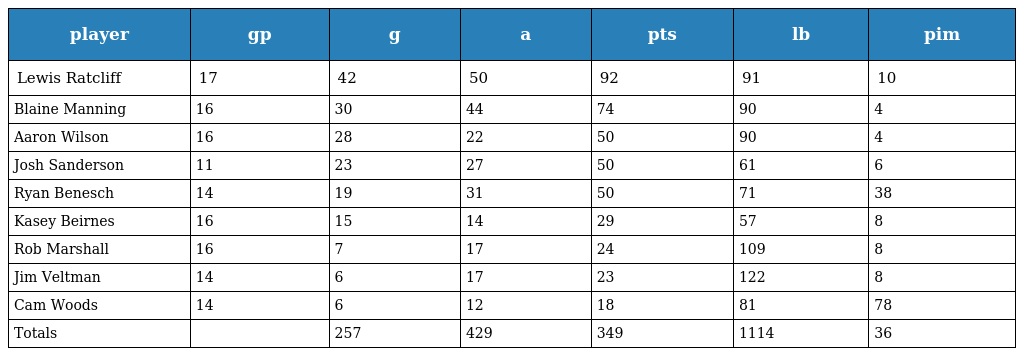
| player | gp | g | a | pts | lb | pim |
 | --- | --- | --- | --- | --- | --- | --- |
 | Lewis Ratcliff | 17 | 42 | 50 | 92 | 91 | 10 |
 | Blaine Manning | 16 | 30 | 44 | 74 | 90 | 4 |
 | Aaron Wilson | 16 | 28 | 22 | 50 | 90 | 4 |
 | Josh Sanderson | 11 | 23 | 27 | 50 | 61 | 6 |
 | Ryan Benesch | 14 | 19 | 31 | 50 | 71 | 38 |
 | Kasey Beirnes | 16 | 15 | 14 | 29 | 57 | 8 |
 | Rob Marshall | 16 | 7 | 17 | 24 | 109 | 8 |
 | Jim Veltman | 14 | 6 | 17 | 23 | 122 | 8 |
 | Cam Woods | 14 | 6 | 12 | 18 | 81 | 78 |
 | Totals |  | 257 | 429 | 349 | 1114 | 36 |